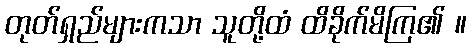
တုတ်ရှည်များကသာ သူတို့ထံ ထိခိုက်မိကြ၏ ။